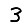
Digit: 3